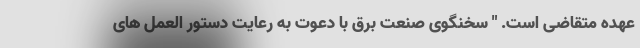
عهده متقاضی است. " سخنگوی صنعت برق با دعوت به رعایت دستور العمل های